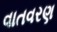
વાતવરણ